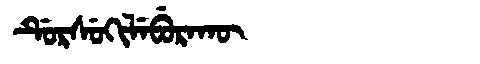
Manchu: ᡩᡠᡵᠰᡠᡴᡳᠯᡝᠪᡠᡵᠠᡴᡡ
Romanization: DURSUKILEBURAKŪ